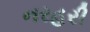
નરહરી